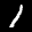
Label: 1